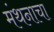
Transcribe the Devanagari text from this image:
मंथनाचा